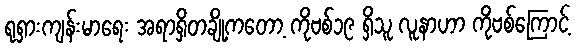
ရုရှားကျန်းမာရေး အရာရှိတချို့ကတော့ ကိုဗစ်၁၉ ရှိသူ လူနာဟာ ကိုဗစ်ကြောင့်